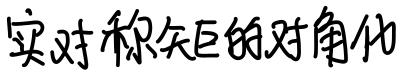
实对称矩阵的对角化